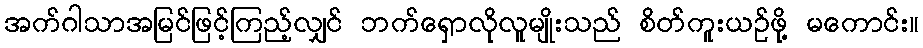
အက်ဂါသာအမြင်ဖြင့်ကြည့်လျှင် ဘက်ရှောလိုလူမျိုးသည် စိတ်ကူးယဉ်ဖို့ မကောင်း။